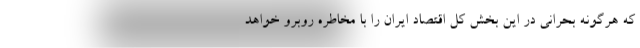
که هرگونه بحرانی در این بخش کل اقتصاد ایران را با مخاطره روبرو خواهد